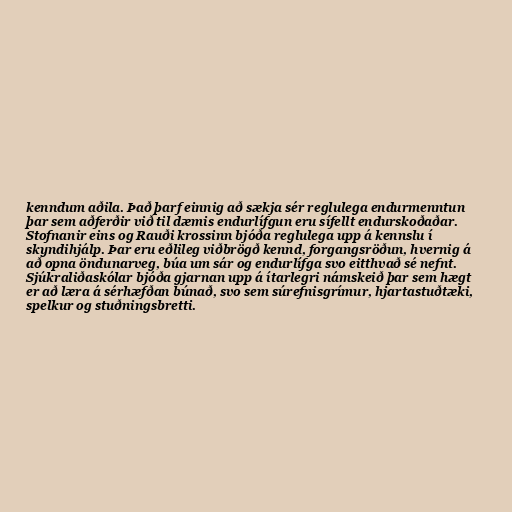
kenndum aðila. Það þarf einnig að sækja sér reglulega endurmenntun
þar sem aðferðir við til dæmis endurlífgun eru sífellt endurskoðaðar.
Stofnanir eins og Rauði krossinn bjóða reglulega upp á kennslu í
skyndihjálp. Þar eru eðlileg viðbrögð kennd, forgangsröðun, hvernig á
að opna öndunarveg, búa um sár og endurlífga svo eitthvað sé nefnt.
Sjúkraliðaskólar bjóða gjarnan upp á ítarlegri námskeið þar sem hægt
er að læra á sérhæfðan búnað, svo sem súrefnisgrímur, hjartastuðtæki,
spelkur og stuðningsbretti.